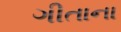
ગીતાના